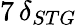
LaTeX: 7\, \delta_{STG}